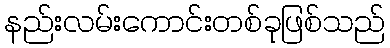
နည်းလမ်းကောင်းတစ်ခုဖြစ်သည်